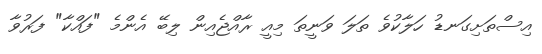
އިސްތަށިގަނޑު ހަލާކުވެ ތަލަ ވަނީތަ މިއީ ރާއްޖެއިން ލިބޭ އެންމެ "ފައްކާ" ފަރުވާ